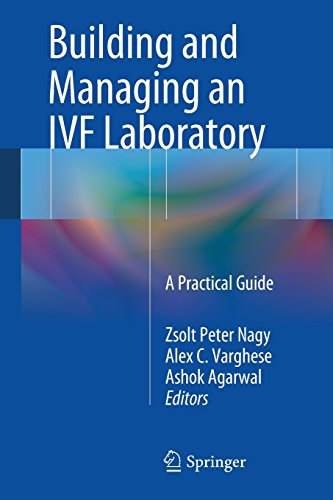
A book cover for Building and Managing an IVF Laboratory: A Practical Guide; Health, Fitness & Dieting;